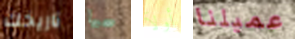
تاريخك سحبها أولآ عميلنا